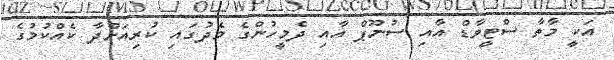
އަކީ މާތާ ސްޓީވާޑް އާއި ސުނޫޕް އާއި ދެމީހުންގެ މެދުގައި ކުރިއަށްދާ ކެއްކުމުގެ